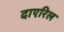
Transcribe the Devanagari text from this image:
दाएरिल